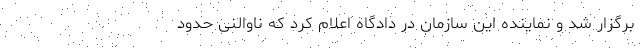
برگزار شد و نماینده این سازمان در دادگاه اعلام کرد که ناوالنی حدود